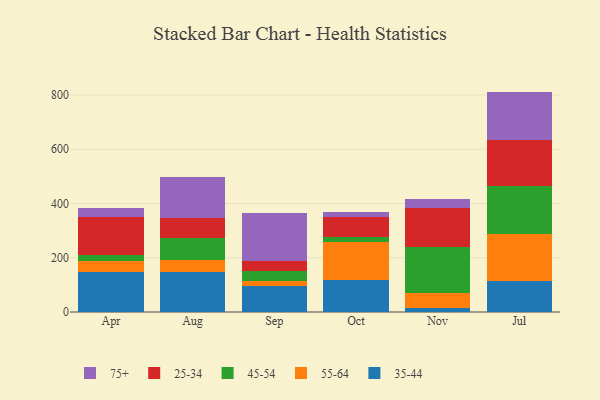
{"axis": {"x": "Month", "y": "Bounce Rate (%)"}, "legend": ["25-34", "35-44", "45-54", "55-64", "75+"], "data": [{"x": "Apr", "y": 147.0, "type": "35-44"}, {"x": "Apr", "y": 41.0, "type": "55-64"}, {"x": "Apr", "y": 20.4, "type": "45-54"}, {"x": "Apr", "y": 140.4, "type": "25-34"}, {"x": "Apr", "y": 36.0, "type": "75+"}, {"x": "Aug", "y": 145.9, "type": "35-44"}, {"x": "Aug", "y": 44.1, "type": "55-64"}, {"x": "Aug", "y": 81.7, "type": "45-54"}, {"x": "Aug", "y": 74.4, "type": "25-34"}, {"x": "Aug", "y": 151.5, "type": "75+"}, {"x": "Sep", "y": 96.2, "type": "35-44"}, {"x": "Sep", "y": 18.3, "type": "55-64"}, {"x": "Sep", "y": 37.0, "type": "45-54"}, {"x": "Sep", "y": 35.6, "type": "25-34"}, {"x": "Sep", "y": 176.7, "type": "75+"}, {"x": "Oct", "y": 119.5, "type": "35-44"}, {"x": "Oct", "y": 139.2, "type": "55-64"}, {"x": "Oct", "y": 17.4, "type": "45-54"}, {"x": "Oct", "y": 74.9, "type": "25-34"}, {"x": "Oct", "y": 19.0, "type": "75+"}, {"x": "Nov", "y": 15.0, "type": "35-44"}, {"x": "Nov", "y": 54.6, "type": "55-64"}, {"x": "Nov", "y": 170.8, "type": "45-54"}, {"x": "Nov", "y": 141.9, "type": "25-34"}, {"x": "Nov", "y": 32.9, "type": "75+"}, {"x": "Jul", "y": 115.3, "type": "35-44"}, {"x": "Jul", "y": 171.7, "type": "55-64"}, {"x": "Jul", "y": 176.0, "type": "45-54"}, {"x": "Jul", "y": 171.8, "type": "25-34"}, {"x": "Jul", "y": 177.8, "type": "75+"}]}